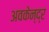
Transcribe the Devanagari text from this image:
अवकेन्द्र